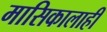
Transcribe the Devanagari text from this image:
मासिकालाही